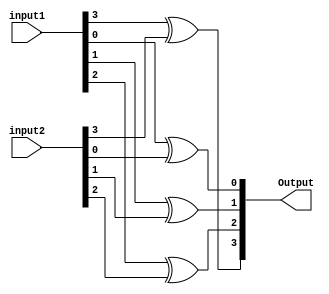
module xor_fourbit(input1,input2,Output);

input[3:0] input1,input2;

output[3:0] Output;

xor first_Xor_Gate(Output[0],input1[0],input2[0]);
xor second_Xor_Gate(Output[1],input1[1],input2[1]);
xor third_Xor_Gate(Output[2],input1[2],input2[2]);
xor fourth_Xor_Gate(Output[3],input1[3],input2[3]);

endmodule